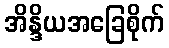
အိန္ဒိယအခြေစိုက်